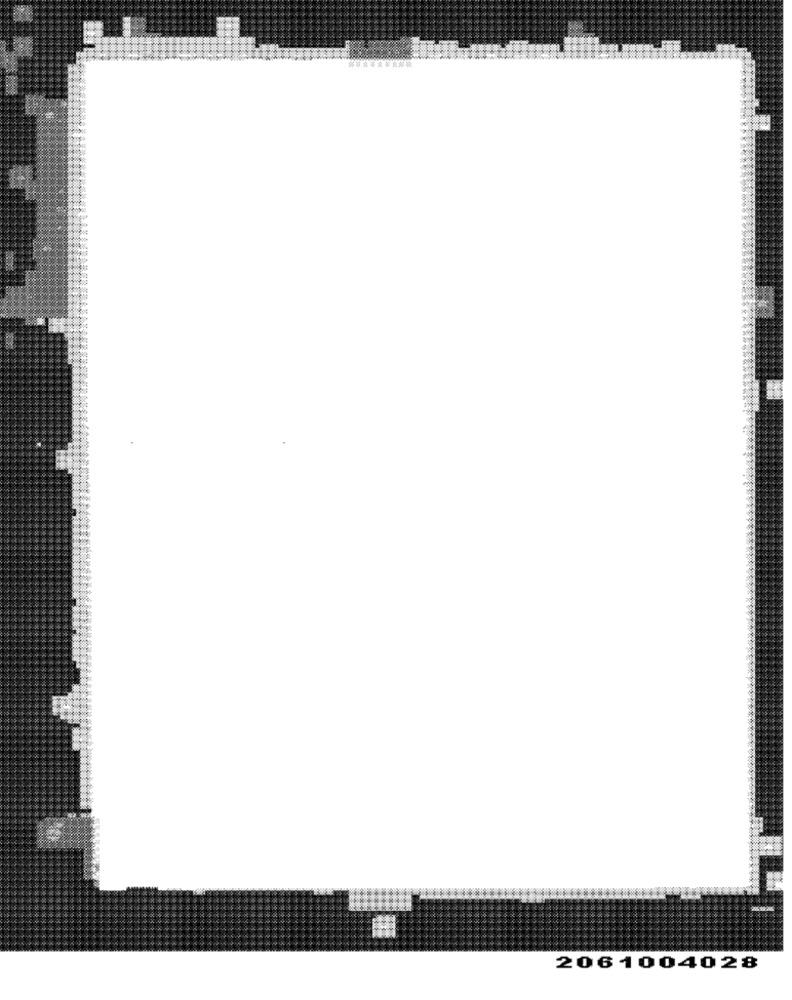
2061004028